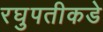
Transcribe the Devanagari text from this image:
रघुपतीकडे